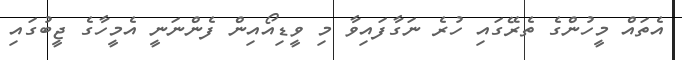
އެތައް މީހުންގެ ތެރޭގައި ހުރެ ނަގާފައިވާ މި ވީޑިއޯއިން ފެންނަނީ އެމީހާގެ ޖީބުގައި